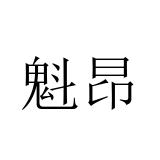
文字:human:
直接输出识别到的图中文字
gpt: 魁昂